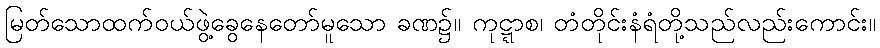
မြတ်သောထက်ဝယ်ဖွဲ့ခွေနေတော်မူသော ခဏ၌။ ကုဋ္ဋာစ၊ တံတိုင်းနံရံတို့သည်လည်းကောင်း။